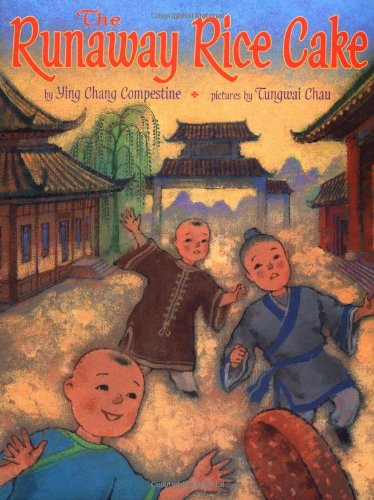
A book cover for The Runaway Rice Cake; Ying Chang Compestine; Children's Books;